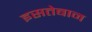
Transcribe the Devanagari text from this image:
इसतेबान